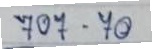
707 - 70